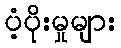
ပံ့ပိုးမှုများ